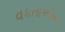
વકતાઓના